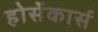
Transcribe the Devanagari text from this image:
होर्सेकार्स